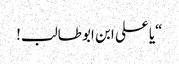
“یا علی ابن ابو طالب!